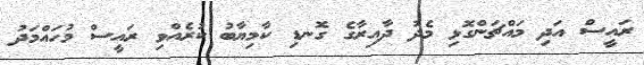
ރައީސް އަދި މައްޗަންގޮޅި މެދު ދާއިރާގެ ގޮނޑި ކާމިޔާބު ކުރެއްވި ރައީސް މުހައްމަދު